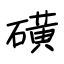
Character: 磺